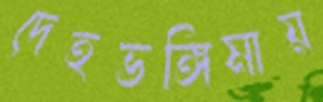
দেহভঙ্গিমায়